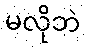
မလိုဘဲ